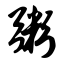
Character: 粥